Lunatic asylums United Prov. 1922-30 - 1922-1930
Year: 1922
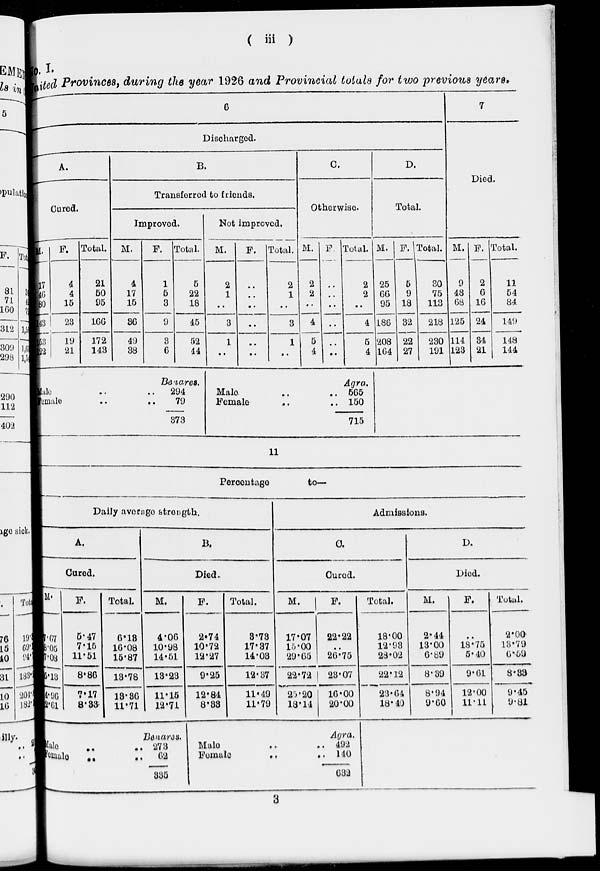
( iii )
No. I.
United Provinces, during the year 1926 and Provincial totals for two previous years.
6
Discharged.
A.
Cured.
M.
17
46
80
143
153
122
F.
4
4
15
28
19
21
Total.
21
50
95
166
172
143
B.
Transferred to friends.
Improved.
M.
4
17
15
36
49
38
F.
1
5
3
9
3
6
Total.
5
22
18
45
52
44
Not improved.
M.
2
1
..
3
1
..
F.
..
..
..
..
..
..
Total.
2
1
..
3
1
..
C.
Otherwise.
M.
2
2
..
4
5
4
F.
..
..
..
..
..
..
Total.
2
2
..
4
5
4
D.
Total.
M.
25
66
95
186
208
164
F.
5
9
18
32
22
27
Total.
30
75
113
218
230
191
7
Died.
M.
9
48
68
125
114
123
F.
2
6
16
24
34
21
Total.
11
54
84
149
148
144
Male .. ..
Female
..
..
Benares.
294
79
373
Male .. ..
Female .. ..
Agra.
565
150
715
11
Percentage
to—
Daily average strength.
A.
Cured.
M.
7.67
8.05
7.08
5.13
4.96
2.61
F.
5.47
7.15
11.51
8.86
7.17
8.33
Total.
6.13
16.08
15.87
13.78
13.36
11.71
B.
Died.
M.
4.06
10.98
14.51
13.23
11.15
12.71
F.
2.74
10.72
12.27
9.25
12.84
8.33
Total.
3.73
17.37
14.03
12.37
11.49
11.79
Admissions.
C.
Cured.
M.
17.07
15.00
29.65
22.72
25.20
18.14
F.
22.22
..
26.75
23.07
16.00
20.00
Total.
18.00
12.93
28.02
22.12
23.64
18.40
D.
Died.
M.
2.44
13.00
6.89
8.39
8.94
9.60
F.
..
18.75
5.40
9.61
12.00
11.11
Total.
2.00
13.79
6.59
8.33
9.45
9.81
Male .. ..
Female .. ..
Benares.
273
62
335
Male .. ..
Female
..
..
Agra.
492
140
632
3